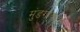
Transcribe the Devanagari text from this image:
मुंडगावाहून